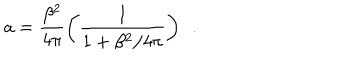
a = \frac { \beta ^ { 2 } } { 4 \pi } \left( \frac { 1 } { 1 + \beta ^ { 2 } / 4 \pi } \right) \, \, \, .